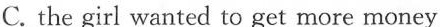
C. the girl wanted to get more money